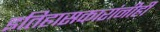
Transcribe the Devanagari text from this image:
इतिहासकारांनीही